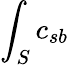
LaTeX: \int_{S}c_{sb}